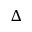
\Delta